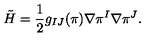
\tilde { H } = { \frac { 1 } { 2 } } g _ { I J } ( \pi ) \nabla \pi ^ { I } \nabla \pi ^ { J } .